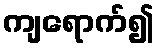
ကျရောက်၍